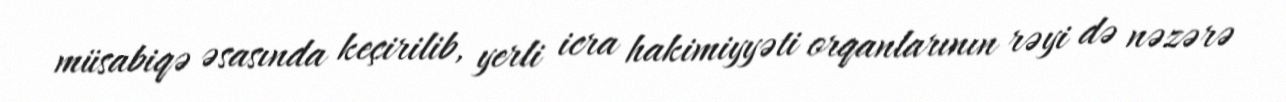
müsabiqə əsasında keçirilib, yerli icra hakimiyyəti orqanlarının rəyi də nəzərə